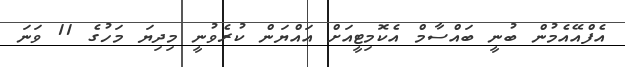
އެފްއޭއެމުން ބުނީ ބައްސާމް އެކޮމިޓީއަށް އައްޔަން ކުރެވުނީ މިދިޔަ މަހުގެ 11 ވަނަ